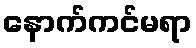
နောက်ကင်မရာ